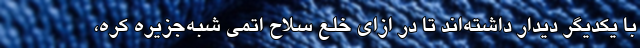
با یکدیگر دیدار داشته‌اند تا در ازای خلع سلاح اتمی شبه‌جزیره کره،